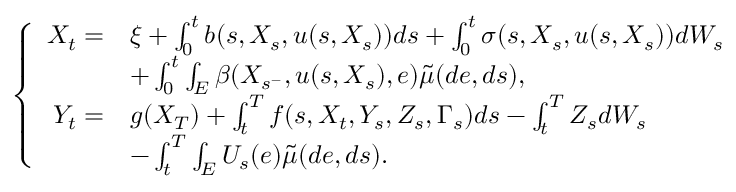
\begin{array} { r } { \left\{ \begin{array} { r l } { X _ { t } = } & { \xi + \int _ { 0 } ^ { t } b ( s , X _ { s } , u ( s , X _ { s } ) ) d s + \int _ { 0 } ^ { t } \sigma ( s , X _ { s } , u ( s , X _ { s } ) ) d W _ { s } } \\ & { + \int _ { 0 } ^ { t } \int _ { E } \beta ( X _ { s ^ { - } } , u ( s , X _ { s } ) , e ) \tilde { \mu } ( d e , d s ) , } \\ { Y _ { t } = } & { g ( X _ { T } ) + \int _ { t } ^ { T } f ( s , X _ { t } , Y _ { s } , Z _ { s } , \Gamma _ { s } ) d s - \int _ { t } ^ { T } Z _ { s } d W _ { s } } \\ & { - \int _ { t } ^ { T } \int _ { E } U _ { s } ( e ) \tilde { \mu } ( d e , d s ) . } \end{array} \right. } \end{array}